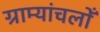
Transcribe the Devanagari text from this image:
ग्राम्यांचलोँ